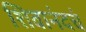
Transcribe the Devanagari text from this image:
शिवानंदचं